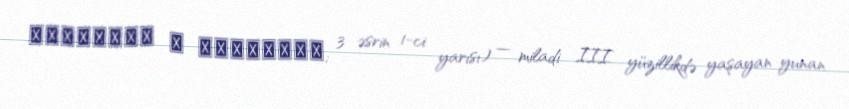
Διογένης ὁ Λαέρτιος; 3 əsrin 1-ci yarısı) — miladi III yüzillikdə yaşayan yunan